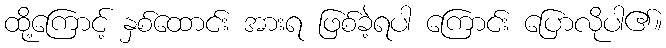
ထို့ကြောင့် နှစ်ထောင်း အားရ ဖြစ်ခဲ့ရပါ ကြောင်း ပြောလိုပါ၏။